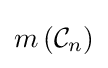
m\left({\mathcal {C}}_{n}\right)